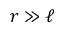
r \gg \ell